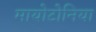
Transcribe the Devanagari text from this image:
मायोटोनिया